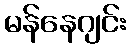
မန်နေဂျင်း